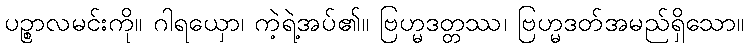
ပဉ္စာလမင်းကို။ ဂါရယှော၊ ကဲ့ရဲ့အပ်၏။ ဗြဟ္မဒတ္တဿ၊ ဗြဟ္မဒတ်အမည်ရှိသော။